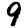
Digit: 9